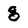
Character: g